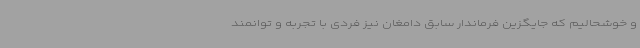
و خوشحالیم که جایگزین فرماندار سابق دامغان نیز فردی با تجربه و توانمند